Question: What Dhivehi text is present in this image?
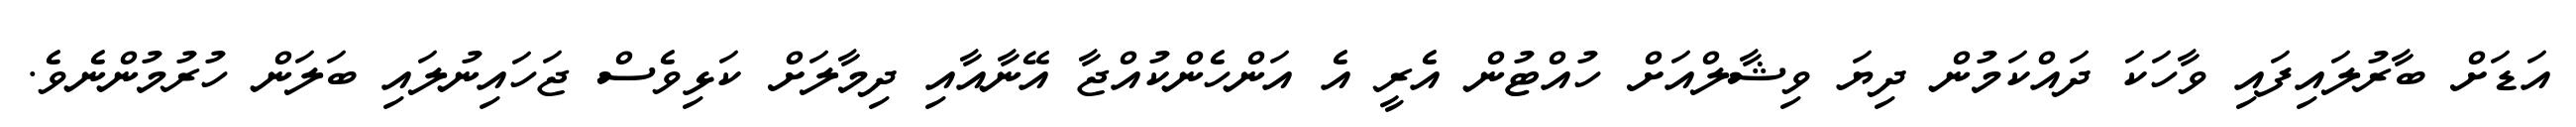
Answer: އަޑަށް ބާރުލައިފައި ވާހަކަ ދައްކަމުން ދިޔަ ވިޝާލްއަށް ހުއްޓުން އެރީ އެ އަންހެންކުއްޖާ އޭނާއާއި ދިމާލަށް ކަޅިވެސް ޖަހައިނުލައި ބަލަން ހުރުމުންނެވެ.